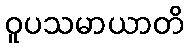
ဝူပသမာယာတိ